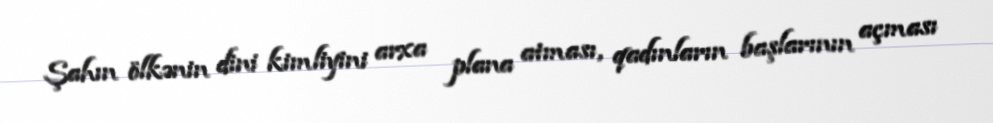
Şahın ölkənin dini kimliyini arxa plana atması, qadınların başlarının açması